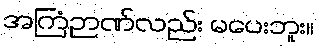
အကြံဉာဏ်လည်း မပေးဘူး။